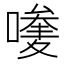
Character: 𠿆